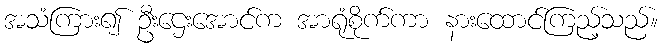
အသံကြား၍ ဦးဌေးအောင်က အာရုံစိုက်ကာ နားထောင်ကြည့်သည်။